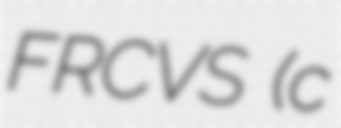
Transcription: FRCVS (c